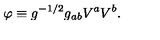
\varphi \equiv g ^ { - 1 / 2 } g _ { a b } V ^ { a } V ^ { b } .